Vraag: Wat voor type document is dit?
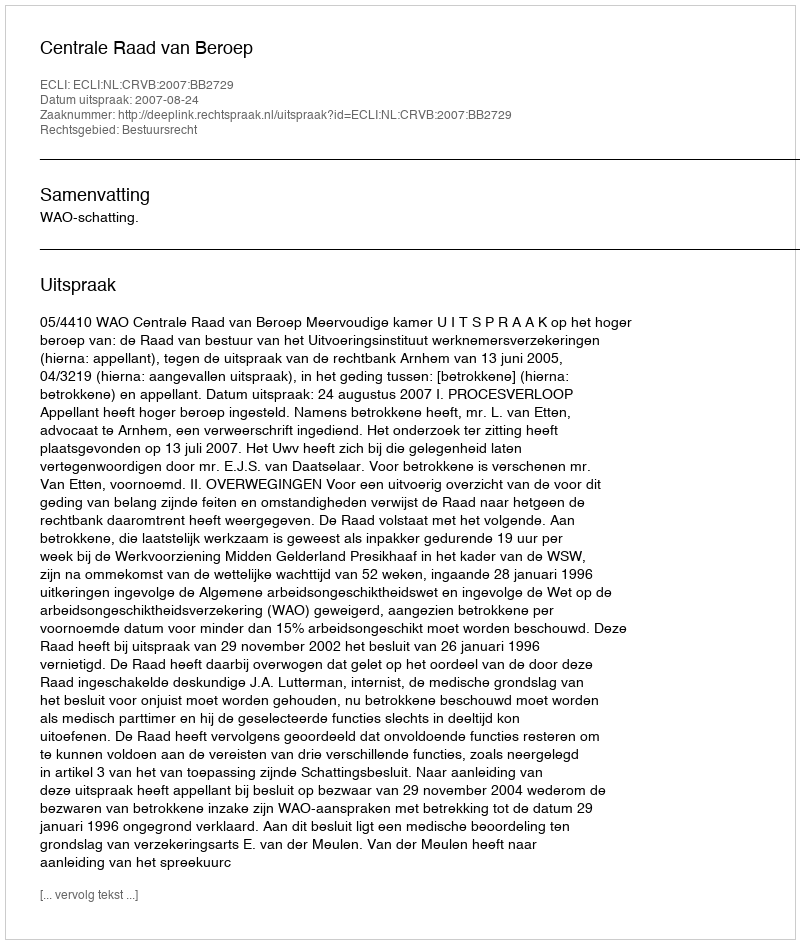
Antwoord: Uitspraak